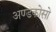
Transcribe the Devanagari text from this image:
अण्डकोसो